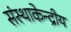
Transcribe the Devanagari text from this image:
संस्थाकेन्द्रीय